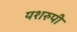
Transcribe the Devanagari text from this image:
यशरुपी